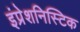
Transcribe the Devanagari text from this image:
इंप्रेशनिस्टिक